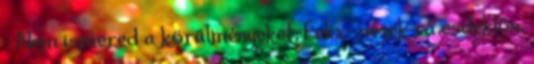
- Nem ismered a körülményeket, Felix- nézek rá esdeklőn.